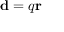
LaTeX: \mathbf { d } = q \mathbf { r }